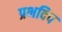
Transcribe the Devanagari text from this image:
प्रभदिप